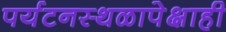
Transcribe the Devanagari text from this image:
पर्यटनस्थळापेक्षाही